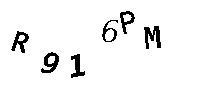
R916PM